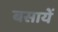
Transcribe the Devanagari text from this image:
बसायें